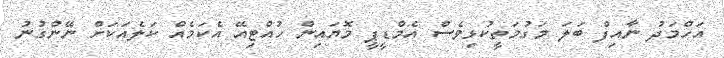
އަހްމަދު ނާއިފް ބަލަ މަގުމަތީކުޅިވެސް އެމްޑީޕީ މޮޔައިން ހުއްޓިއޭ އެކަމެއް ކަލެއަކަށް ނޭންގުނު